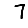
Digit: 7